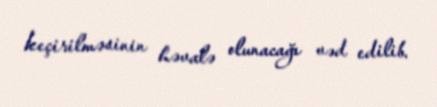
keçirilməsinin həvalə olunacağı vəd edilib.